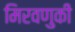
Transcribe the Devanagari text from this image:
मिरवणुकी